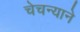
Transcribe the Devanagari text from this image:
चेचन्याने